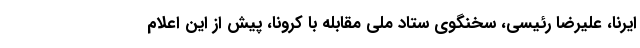
ایرنا، علیرضا رئیسی، سخنگوی ستاد ملی مقابله با کرونا، پیش از این اعلام